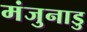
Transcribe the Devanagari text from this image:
मंजुनाडु